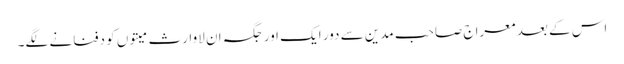
اس کے بعد معراج صاحب مدین سے دور ایک اور جگہ ان لاوارث میتوں کو دفنانے لگے۔